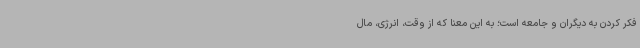
فکر کردن به دیگران و جامعه است؛ به این معنا که از وقت، انرژی، مال